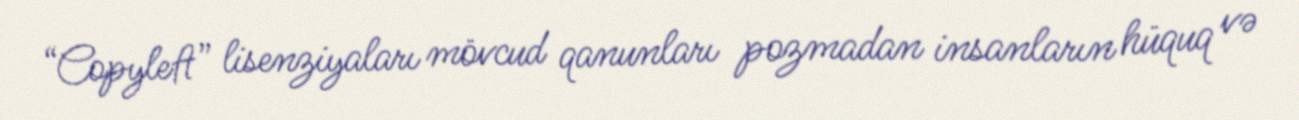
“Copyleft” lisenziyaları mövcud qanunları pozmadan insanların hüquq və